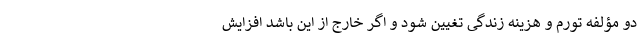
دو مؤلفه تورم و هزینه زندگی تغیین شود و اگر خارج از این باشد افزایش